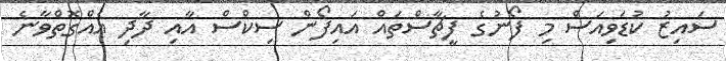
ސައިޒު ކުޑަވިއަސް މި ފޯނުގެ ފީޗާސްތައް އައިފޯން ސިކްސް އާއި ދާދި އެއްގޮތްވާނެ